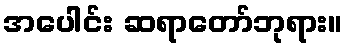
အပေါင်း ဆရာတော်ဘုရား။